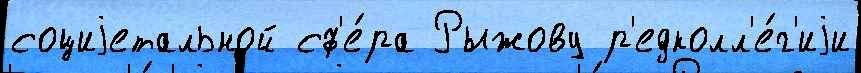
социjетальной сф'е́ра Рыжову р'едколл'е́г'иjи